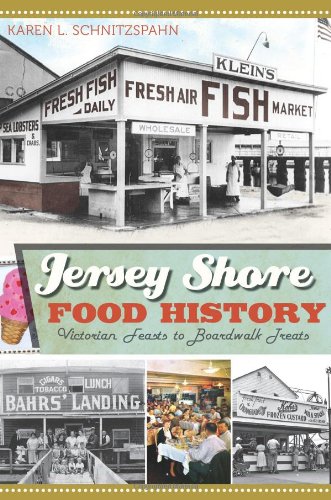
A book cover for Jersey Shore Food History:: Victorian Feasts to Boardwalk Treats (Food & Drink) (American Palate); Karen L. Schnitzspahn; Cookbooks, Food & Wine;